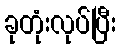
ခုတုံးလုပ်ပြီး